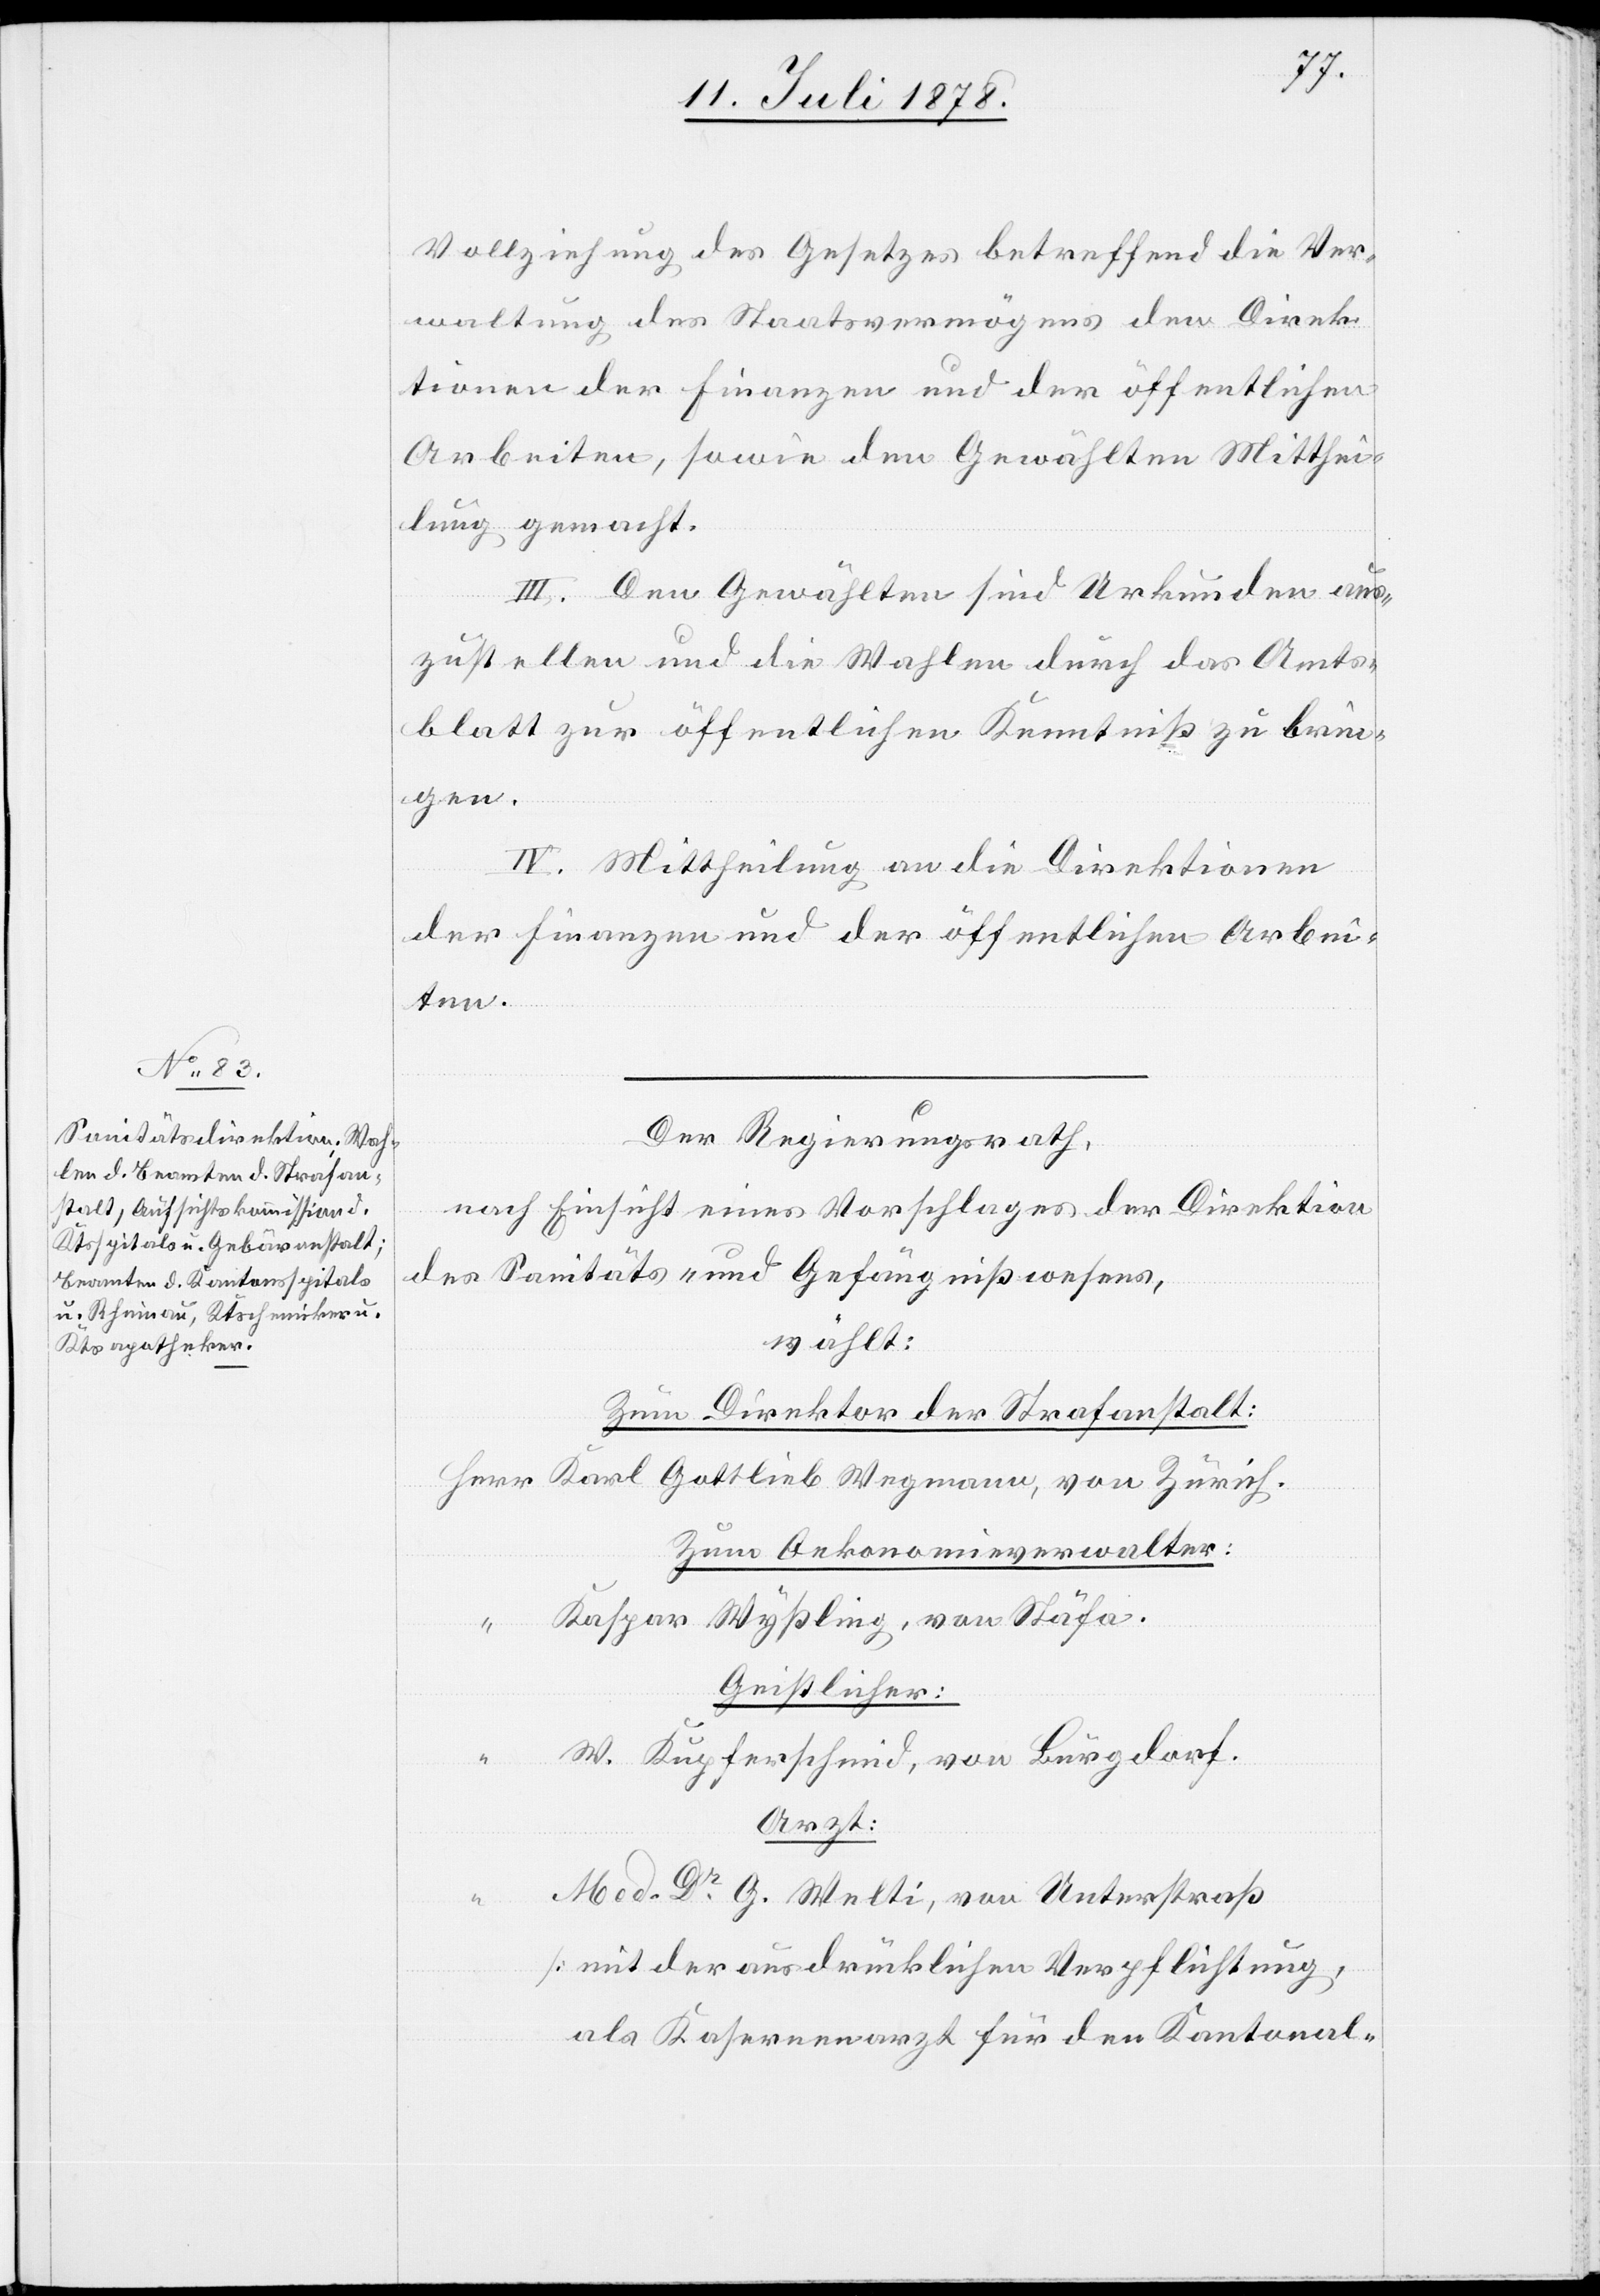
Vollziehung des Gesetzes betreffend die Ver¬
waltung des Staatsvermögens den Direk¬
tionen der Finanzen und der öffentlichen
Arbeiten, sowie den Gewählten Mitthei¬
lung gemacht.
III. Den Gewählten sind Urkunden aus¬
zustellen und die Wahlen durch das Amts¬
blatt zur öffentlichen Kenntniß zu brin¬
gen.
IV. Mittheilung an die Direktionen
der Finanzen und der öffentlichen Arbei¬
ten.
Der Regierungsrath,
nach Einsicht eines Vorschlages der Direktion
des Sanitäts- & Gefängnißwesens,
wählt:
Zum Direktor der Strafanstalt:
Herr Karl Gottlieb Wegmann, von Zürich.
Zum Oekonomieverwalter:
“ Kaspar Wyßling, von Stäfa.
Geistlicher:
W. Kupferschmid, von Burgdorf.
Arzt:
Med. Dr G. Welti, von Unterstraß
[mit der ausdrücklichen Verpflichtung,
als Kasernenarzt für den Kantonal-